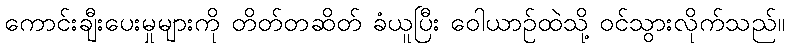
ကောင်းချီးပေးမှုများကို တိတ်တဆိတ် ခံယူပြီး ဝေါယာဉ်ထဲသို့ ဝင်သွားလိုက်သည်။